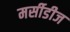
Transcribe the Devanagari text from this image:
मर्सीडीज